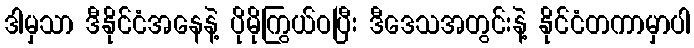
ဒါမှသာ ဒီနိုင်ငံအနေနဲ့ ပိုမိုကြွယ်ဝပြီး ဒီဒေသအတွင်းနဲ့ နိုင်ငံတကာမှာပါ